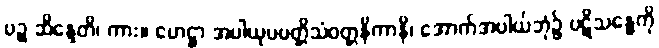
ပဉ္စ ဆိန္ဒေတိ၊ ကား။ ဟေဋ္ဌာ အပါယုပပတ္တိသံဝတ္တနိကာနိ၊ အောက်အပါယ်ဘုံ၌ ပဋိသန္ဓေကို